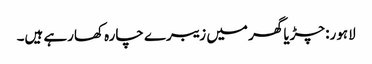
لاہور: چڑیا گھر میں زیبرے چارہ کھارہے ہیں۔